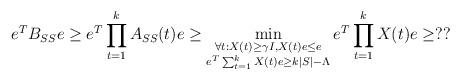
LaTeX: \begin{align*} e^TB_{SS}e\geq e^T\prod_{t=1}^kA_{SS}(t)e\geq \min_{\substack{\forall t:X(t)\geq \gamma I, X(t)e\leq e\cr e^T\sum_{t=1}^kX(t)e\geq k|S|-\Lambda}} e^T\prod_{t=1}^kX(t)e\geq ??\end{align*}